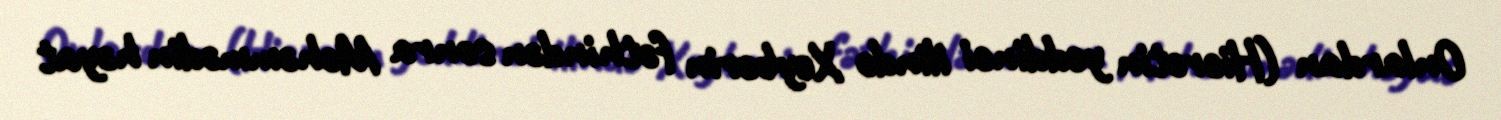
Onlardan (Hicrətin yeddinci ilində Xeybərin fəthindən sonra Məhəmmədin həyat